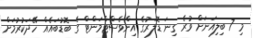
މި 7 ބިލިއަނަށް ވުރެ ގިނަ ޑޮލަރުގެ އިންވެސްޓްމަންޓް ގެ ބޮޑުބައެއް ހޭދަކުރުމަށް